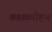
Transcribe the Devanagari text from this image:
कातळरोहण